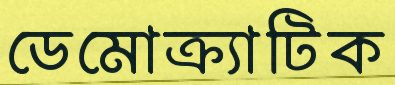
ডেমোক্র্যাটিক